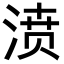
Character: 𣸣